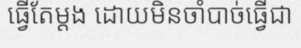
ធ្វើតែម្តង ដោយមិនចាំបាច់ធ្វើជា